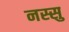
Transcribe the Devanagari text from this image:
नस्सु